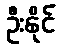
ဦးနိုင်